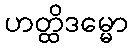
ဟတ္ထိဒမ္မော